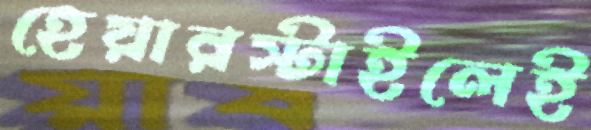
হেয়ারস্টাইলেই